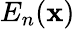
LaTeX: E_{n}(\textbf{x})